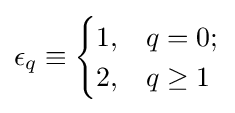
\epsilon _{q}\equiv {\begin{cases}1,&q=0;\\2,&q\geq 1\end{cases}}